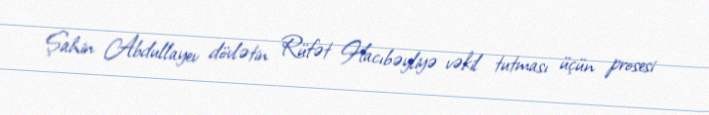
Şahin Abdullayev dövlətin Rüfət Hacıbəyliyə vəkil tutması üçün prosesi